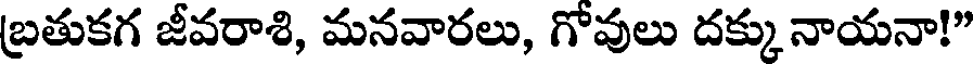
బ్రతుకగ జీవరాశి, మనవారలు, గోవులు దక్కు నాయనా!"